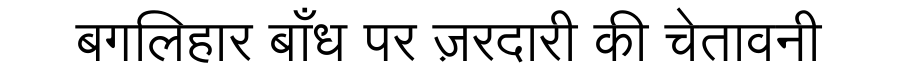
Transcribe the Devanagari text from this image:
बगलिहार बाँध पर ज़रदारी की चेतावनी